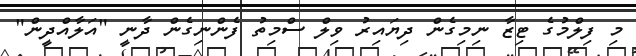
މި ފިލްމުގެ ޓިޒާ ނިމިގެން ދިޔައިރު ވިލް ސްމިތު ފެންނިގެން ދާނީ "އަލާއްދީން"